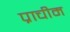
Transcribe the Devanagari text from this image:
प्राचीम